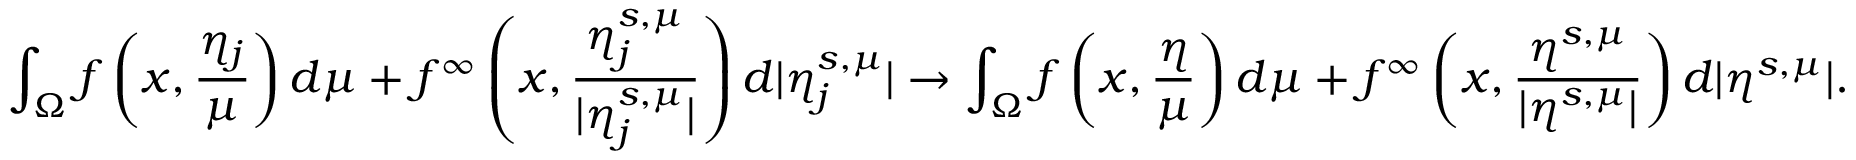
\int _ { \Omega } f \left( x , \frac { \eta _ { j } } { \mu } \right) d \mu + f ^ { \infty } \left( x , \frac { \eta _ { j } ^ { s , \mu } } { | \eta _ { j } ^ { s , \mu } | } \right) d | \eta _ { j } ^ { s , \mu } | \to \int _ { \Omega } f \left( x , \frac { \eta } { \mu } \right) d \mu + f ^ { \infty } \left( x , \frac { \eta ^ { s , \mu } } { | \eta ^ { s , \mu } | } \right) d | \eta ^ { s , \mu } | .